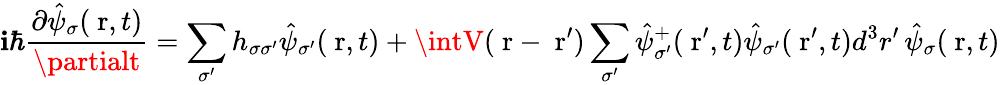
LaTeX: \mathbf{i}\hbar\frac{{\partial\hat{{\psi}}_{\sigma}(\mathrm{{\mathbf{~}r}},t)}}{{\partialt}}=\sum_{\sigma^{\prime}}h_{\sigma\sigma^{\prime}}\hat{{\psi}}_{\sigma^{\prime}}(\mathrm{{\mathbf{~}r}},t)+\intV(\mathrm{{\mathbf{~}r}}-\mathrm{{\mathbf{~}r}}^{\prime})\sum_{\sigma^{\prime}}\hat{{\psi}}_{\sigma^{\prime}}^{+}(\mathrm{{\mathbf{~}r}}^{\prime},t)\hat{{\psi}}_{\sigma^{\prime}}(\mathrm{{\mathbf{~}r}}^{\prime},t)d^{3}r^{\prime}\, \hat{{\psi}}_{\sigma}(\mathrm{{\mathbf{~}r}},t)